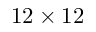
1 2 \times 1 2